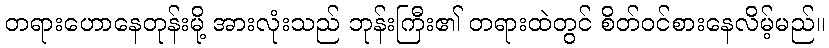
တရားဟောနေတုန်းမို့ အားလုံးသည် ဘုန်းကြီး၏ တရားထဲတွင် စိတ်ဝင်စားနေလိမ့်မည်။